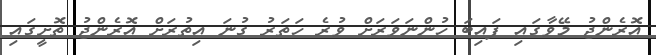
އޮރެންޖު މޭވާގައި ފައިބަ ހުންނަވަރަށް ވުރެ ހަތަރު ގުނަ އިތުރަށް އޮރެންޖު ތޮށީގައި